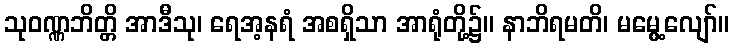
သုဝဏ္ဏဘိတ္တိ အာဒီသု၊ ရေအ့နရံ အစရှိသာ အာရုံတို့၌။ နာဘိရမတိ၊ မမွေ့လျော်။